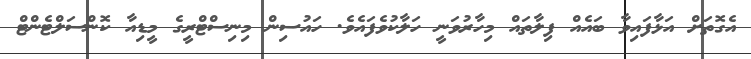
އެގޮތަށް އަޅާފައިވާ ބައެއް ފިލާތައް މިހާރުވަނީ ހަލާކުވެފައެވެ. ހައުސިން މިނިސްޓްރީގެ މީޑިއާ ކޮންސަލްޓެންޓް